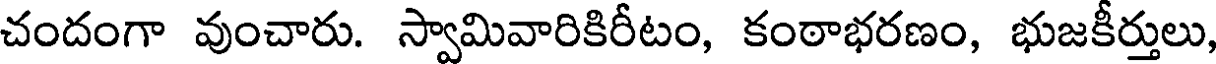
చందంగా వుంచారు. స్వామివారికిరీటం, కంఠాభరణం, భుజకీర్తులు,